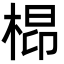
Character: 㭿